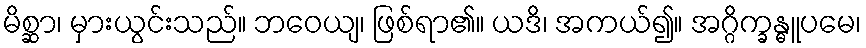
မိစ္ဆာ၊ မှားယွင်းသည်။ ဘဝေယျ၊ ဖြစ်ရာ၏။ ယဒိ၊ အကယ်၍။ အဂ္ဂိက္ခန္ဓူပမေ၊